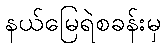
နယ်မြေရဲစခန်းမှ